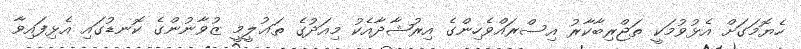
ހެޔޮމަގަށް އެޅުވުމަކީ ތަޖްރިބާކާރު އިސްރައްވެހިންގެ އިރުޝާދާއެކު މިއަދުގެ ތަޢުލީމީ ޒުވާނުންގެ ކޮނޑުގައި އެޅިފައިވާ